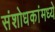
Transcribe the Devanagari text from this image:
संशोधकांमध्ये